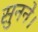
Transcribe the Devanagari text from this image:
सुनने।